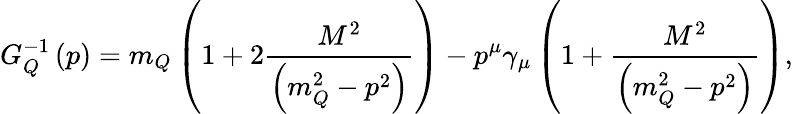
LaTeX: G_{Q}^{-1}\left(p\right)=m_{Q}\left(1+2\frac{M^{2}}{\left(m_{Q}^{2}-p^{2}\right)}\right)-p^{\mu}\gamma_{\mu}\left(1+\frac{M^{2}}{\left(m_{Q}^{2}-p^{2}\right)}\right),